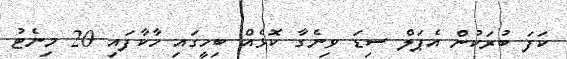
ކަފަ ބުރަކުން އެޕަލް ސިޑަ ވިނެގާ ކޮޅެއް ބިހީގައި ހާކާފައި 20 މިނެޓު